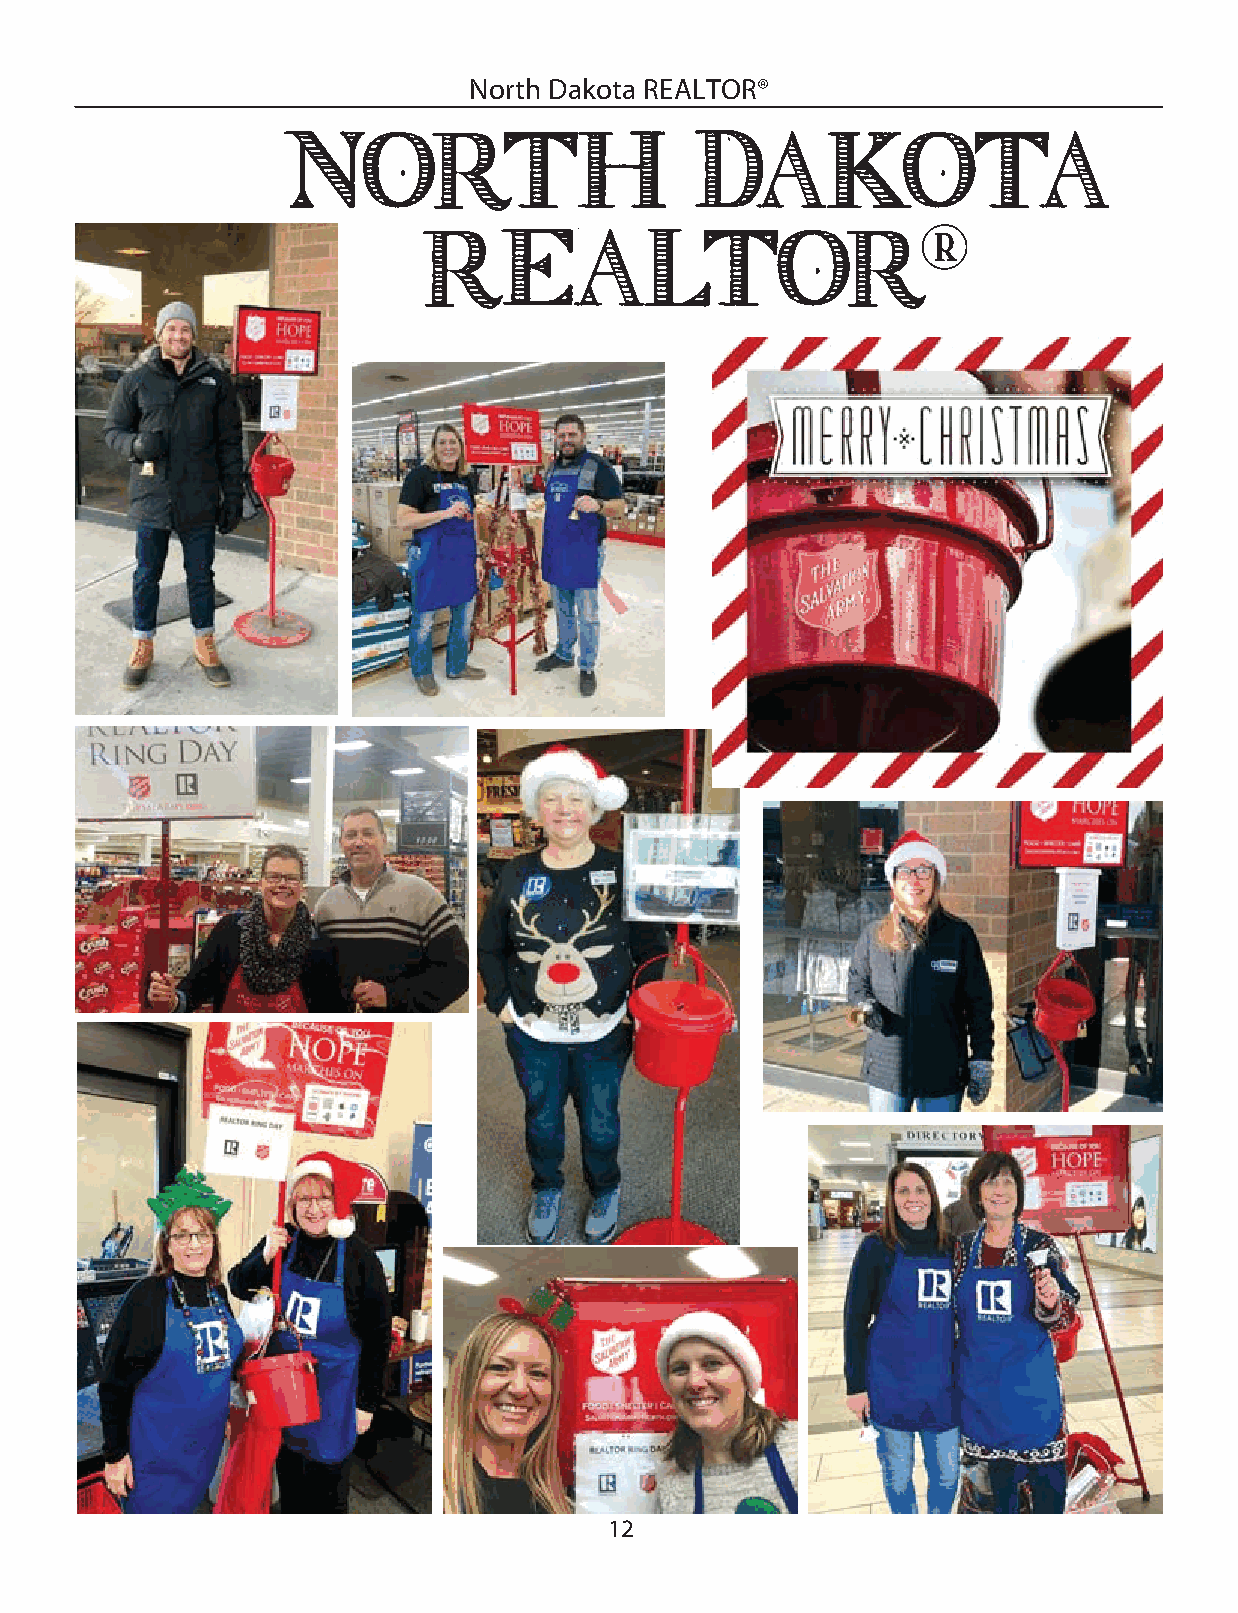
North Dakota REALTOR®
 North                      Dakota
 REALTOR®
 12